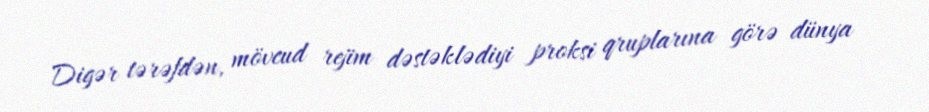
Digər tərəfdən, mövcud rejim dəstəklədiyi proksi qruplarına görə dünya